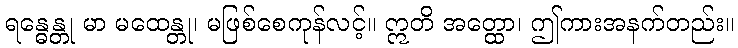
ရန္ဓေန္တု မာ မထေန္တု၊ မဖြစ်စေကုန်လင့်။ ဣတိ အတ္ထော၊ ဤကားအနက်တည်း။